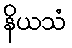
နိယသံ